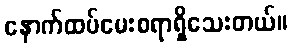
နောက်ထပ်မေးစရာရှိသေးတယ်။